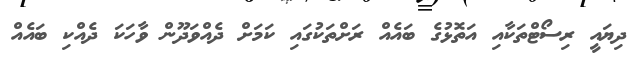
ދިޔައީ ރިސޯޓްތަކާއި އަތޮޅުގެ ބައެއް ރަށްތަކުގައި ކަމަށް ދެއްވަދޫން ވާހަކަ ދެއްކި ބައެއް